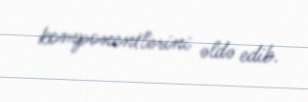
komponentlərini əldə edib.